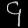
Digit: ၄